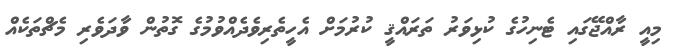
މިއީ ރާއްޖޭގައި ޓެނިހުގެ ކުޅިވަރު ތަރައްޤީ ކުރުމަށް އެހީތެރިވެދެއްވުމުގެ ގޮތުން ވާދަވެރި މެޗްތަކެއް